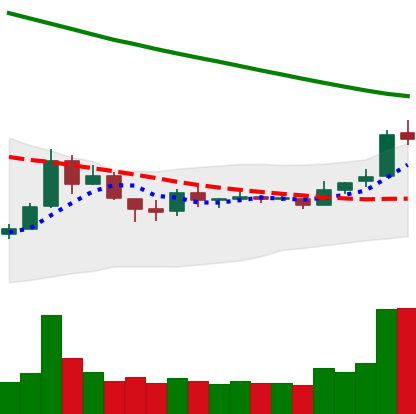
Ticker: TRX-USD
Chart end date: 2018-10-08
Forward return: -11.383%
Label: down_7plus